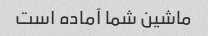
ماشین شما آماده است